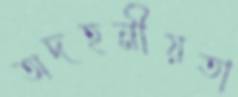
অদহনীয়তা